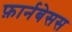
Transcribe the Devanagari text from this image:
फ़ार्नबेसस